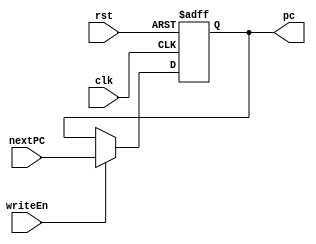
module PC (input clk ,rst ,writeEn ,input [31 :0] nextPC ,output reg[31 :0] pc);

  always @ (posedge clk ,posedge rst) begin
    if (rst) pc <= 32'b 0;
    else if(writeEn) pc <= nextPC;
  end

endmodule // PC